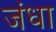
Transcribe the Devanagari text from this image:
जंधा